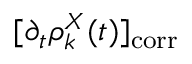
[ \partial _ { t } \rho _ { k } ^ { X } ( t ) ] _ { \mathrm { c o r r } }